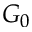
G _ { 0 }